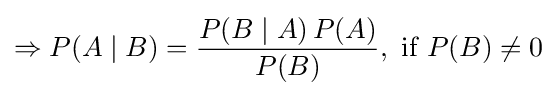
\Rightarrow P(A\mid B)={\frac {P(B\mid A)\,P(A)}{P(B)}},{\text{ if }}P(B)\neq 0